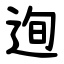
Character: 迿